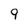
Character: 9